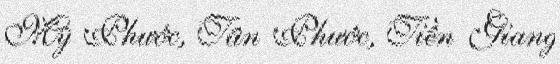
Mỹ Phước, Tân Phước, Tiền Giang